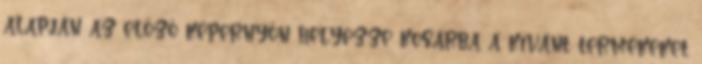
alapján az előző képernyőn helyezze kosárba a kívánt termékeket